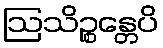
ဩသိဉ္စန္တေပိ